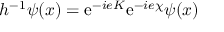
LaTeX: { h ^ { - 1 } \psi ( x ) = \mathrm { e } ^ { - i e K } \mathrm { e } ^ { - i e \chi } \psi ( x ) }